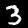
Label: 3